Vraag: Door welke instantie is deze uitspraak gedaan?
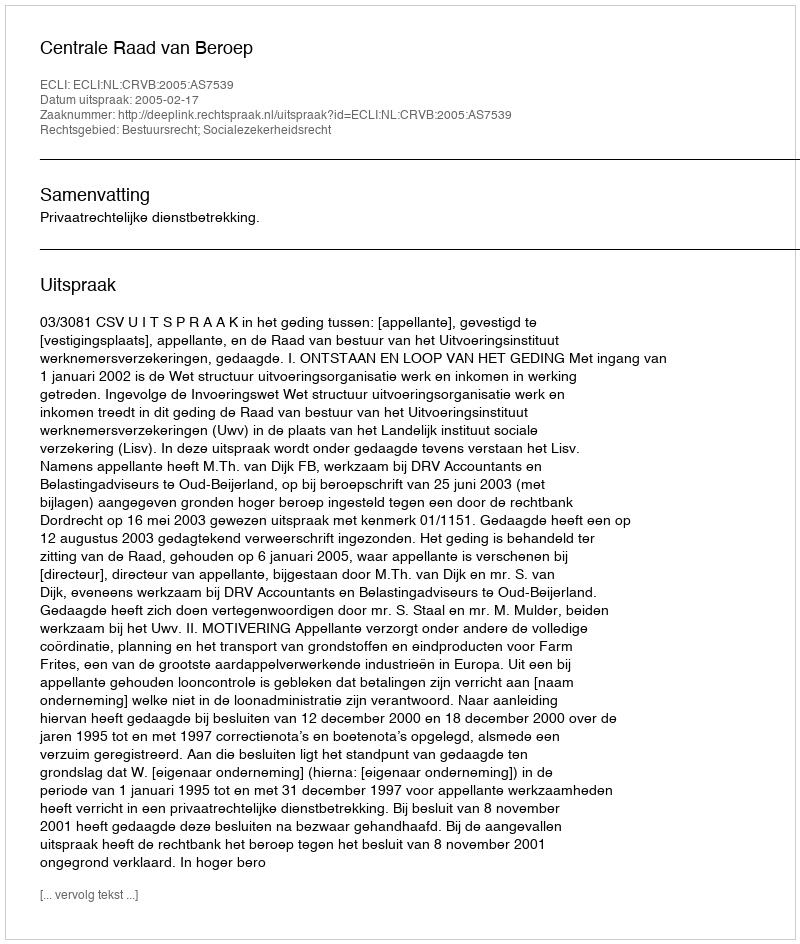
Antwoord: Centrale Raad van Beroep